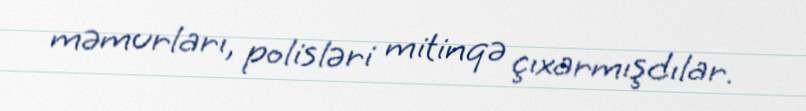
məmurları, polisləri mitinqə çıxarmışdılar.